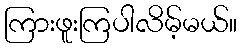
ကြားဖူးကြပါလိမ့်မယ်။